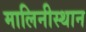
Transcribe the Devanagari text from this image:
मालिनीस्थान